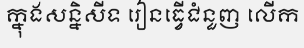
ក្នុងសន្និសីទ រៀនធ្វើជំនួញ លើក